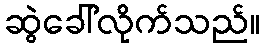
ဆွဲခေါ်လိုက်သည်။